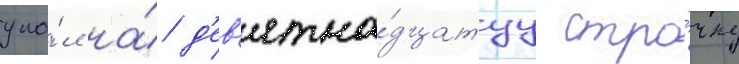
упа́л на́ д'ев'ятна́дцатуу стро́чку